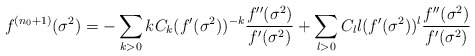
\begin{align*}f^{(n_0+1)}(\sigma^2)=-\sum_{k>0}kC_k(f^\prime(\sigma^2))^{-k}\frac{f^{\prime\prime}(\sigma^2)}{f^\prime(\sigma^2)} +\sum_{l>0}C_l l(f^\prime(\sigma^2))^l\frac{f^{\prime\prime}(\sigma^2)}{f^\prime(\sigma^2)}\end{align*}